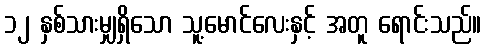
၁၂ နှစ်သားမျှရှိသော သူ့မောင်လေးနှင့် အတူ ရောင်းသည်။